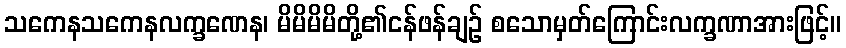
သကေနသကေနလက္ခဏေန၊ မိမိမိမိတို့၏ငန်ဖန်ချဉ် စသောမှတ်ကြောင်းလက္ခဏာအားဖြင့်။